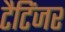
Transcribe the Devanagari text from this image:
टैटिंजर